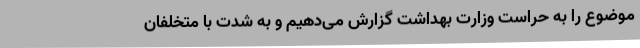
موضوع را به حراست وزارت بهداشت گزارش می‌دهیم و به شدت با متخلفان